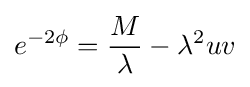
e^{-2\phi }={\frac {M}{\lambda }}-\lambda ^{2}uv